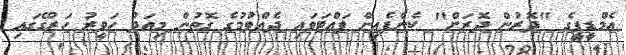
އެމްޑީޕީގެ "ދޮރުން ދޮރަށް" ކެންޕެއިން ފައްޓަވައި ދެއްވުމުގެ ގޮތުން މިއަދު ހަވީރު ހަރުގޭގައި